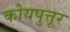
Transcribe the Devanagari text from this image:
कोयपुत्तूर